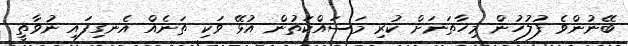
ބޭނުންވެ ފުލުހުން މިހާތަނަށް ކުރި މަސައްކަތުން އުޅޭ ވަކި ތަނެއް އެނގިފައި ނުވާތީ